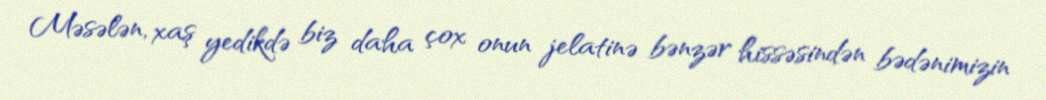
Məsələn, xaş yedikdə biz daha çox onun jelatinə bənzər hissəsindən bədənimizin